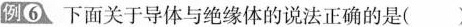
例6 下面关于导体与绝缘体的说法正确的是 （ ）